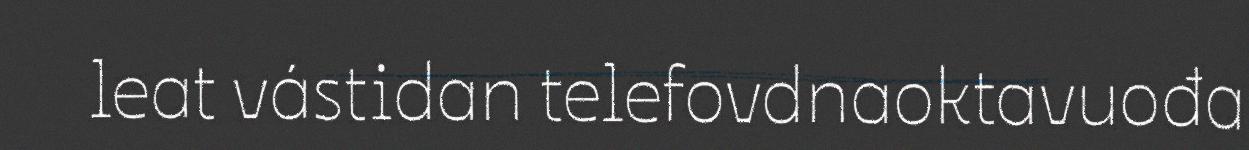
leat vástidan telefovdnaoktavuođa